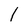
Character: 1